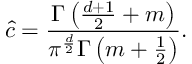
\hat { c } = \frac { \Gamma \left( \frac { d + 1 } { 2 } + m \right) } { \pi ^ { \frac { d } { 2 } } \Gamma \left( m + \frac 1 2 \right) } .